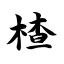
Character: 楂